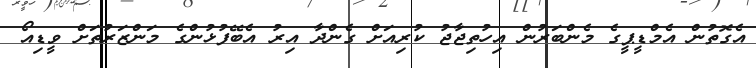
އެގޮތުން އެމްޑީޕީގެ މެންބަރުން އިހުތިޖާޖު ކުރިއަށް ގެންދާ އިރު އެބޭފުޅުންގެ މަންޒަރުތަށް ވީޑިއޯ